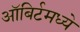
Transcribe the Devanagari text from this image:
ऑबिर्टमध्ये